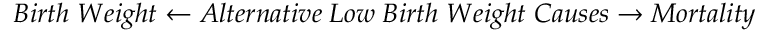
B i r t h \; W e i g h t \leftarrow A l t e r n a t i v e \; L o w \; B i r t h \; W e i g h t \; C a u s e s \rightarrow M o r t a l i t y